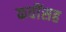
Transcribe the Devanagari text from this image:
कवींसह